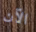
الآن